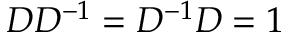
{ \cal D } { \cal D } ^ { - 1 } = { \cal D } ^ { - 1 } { \cal D } = 1